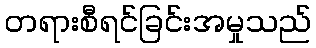
တရားစီရင်ခြင်းအမှုသည်